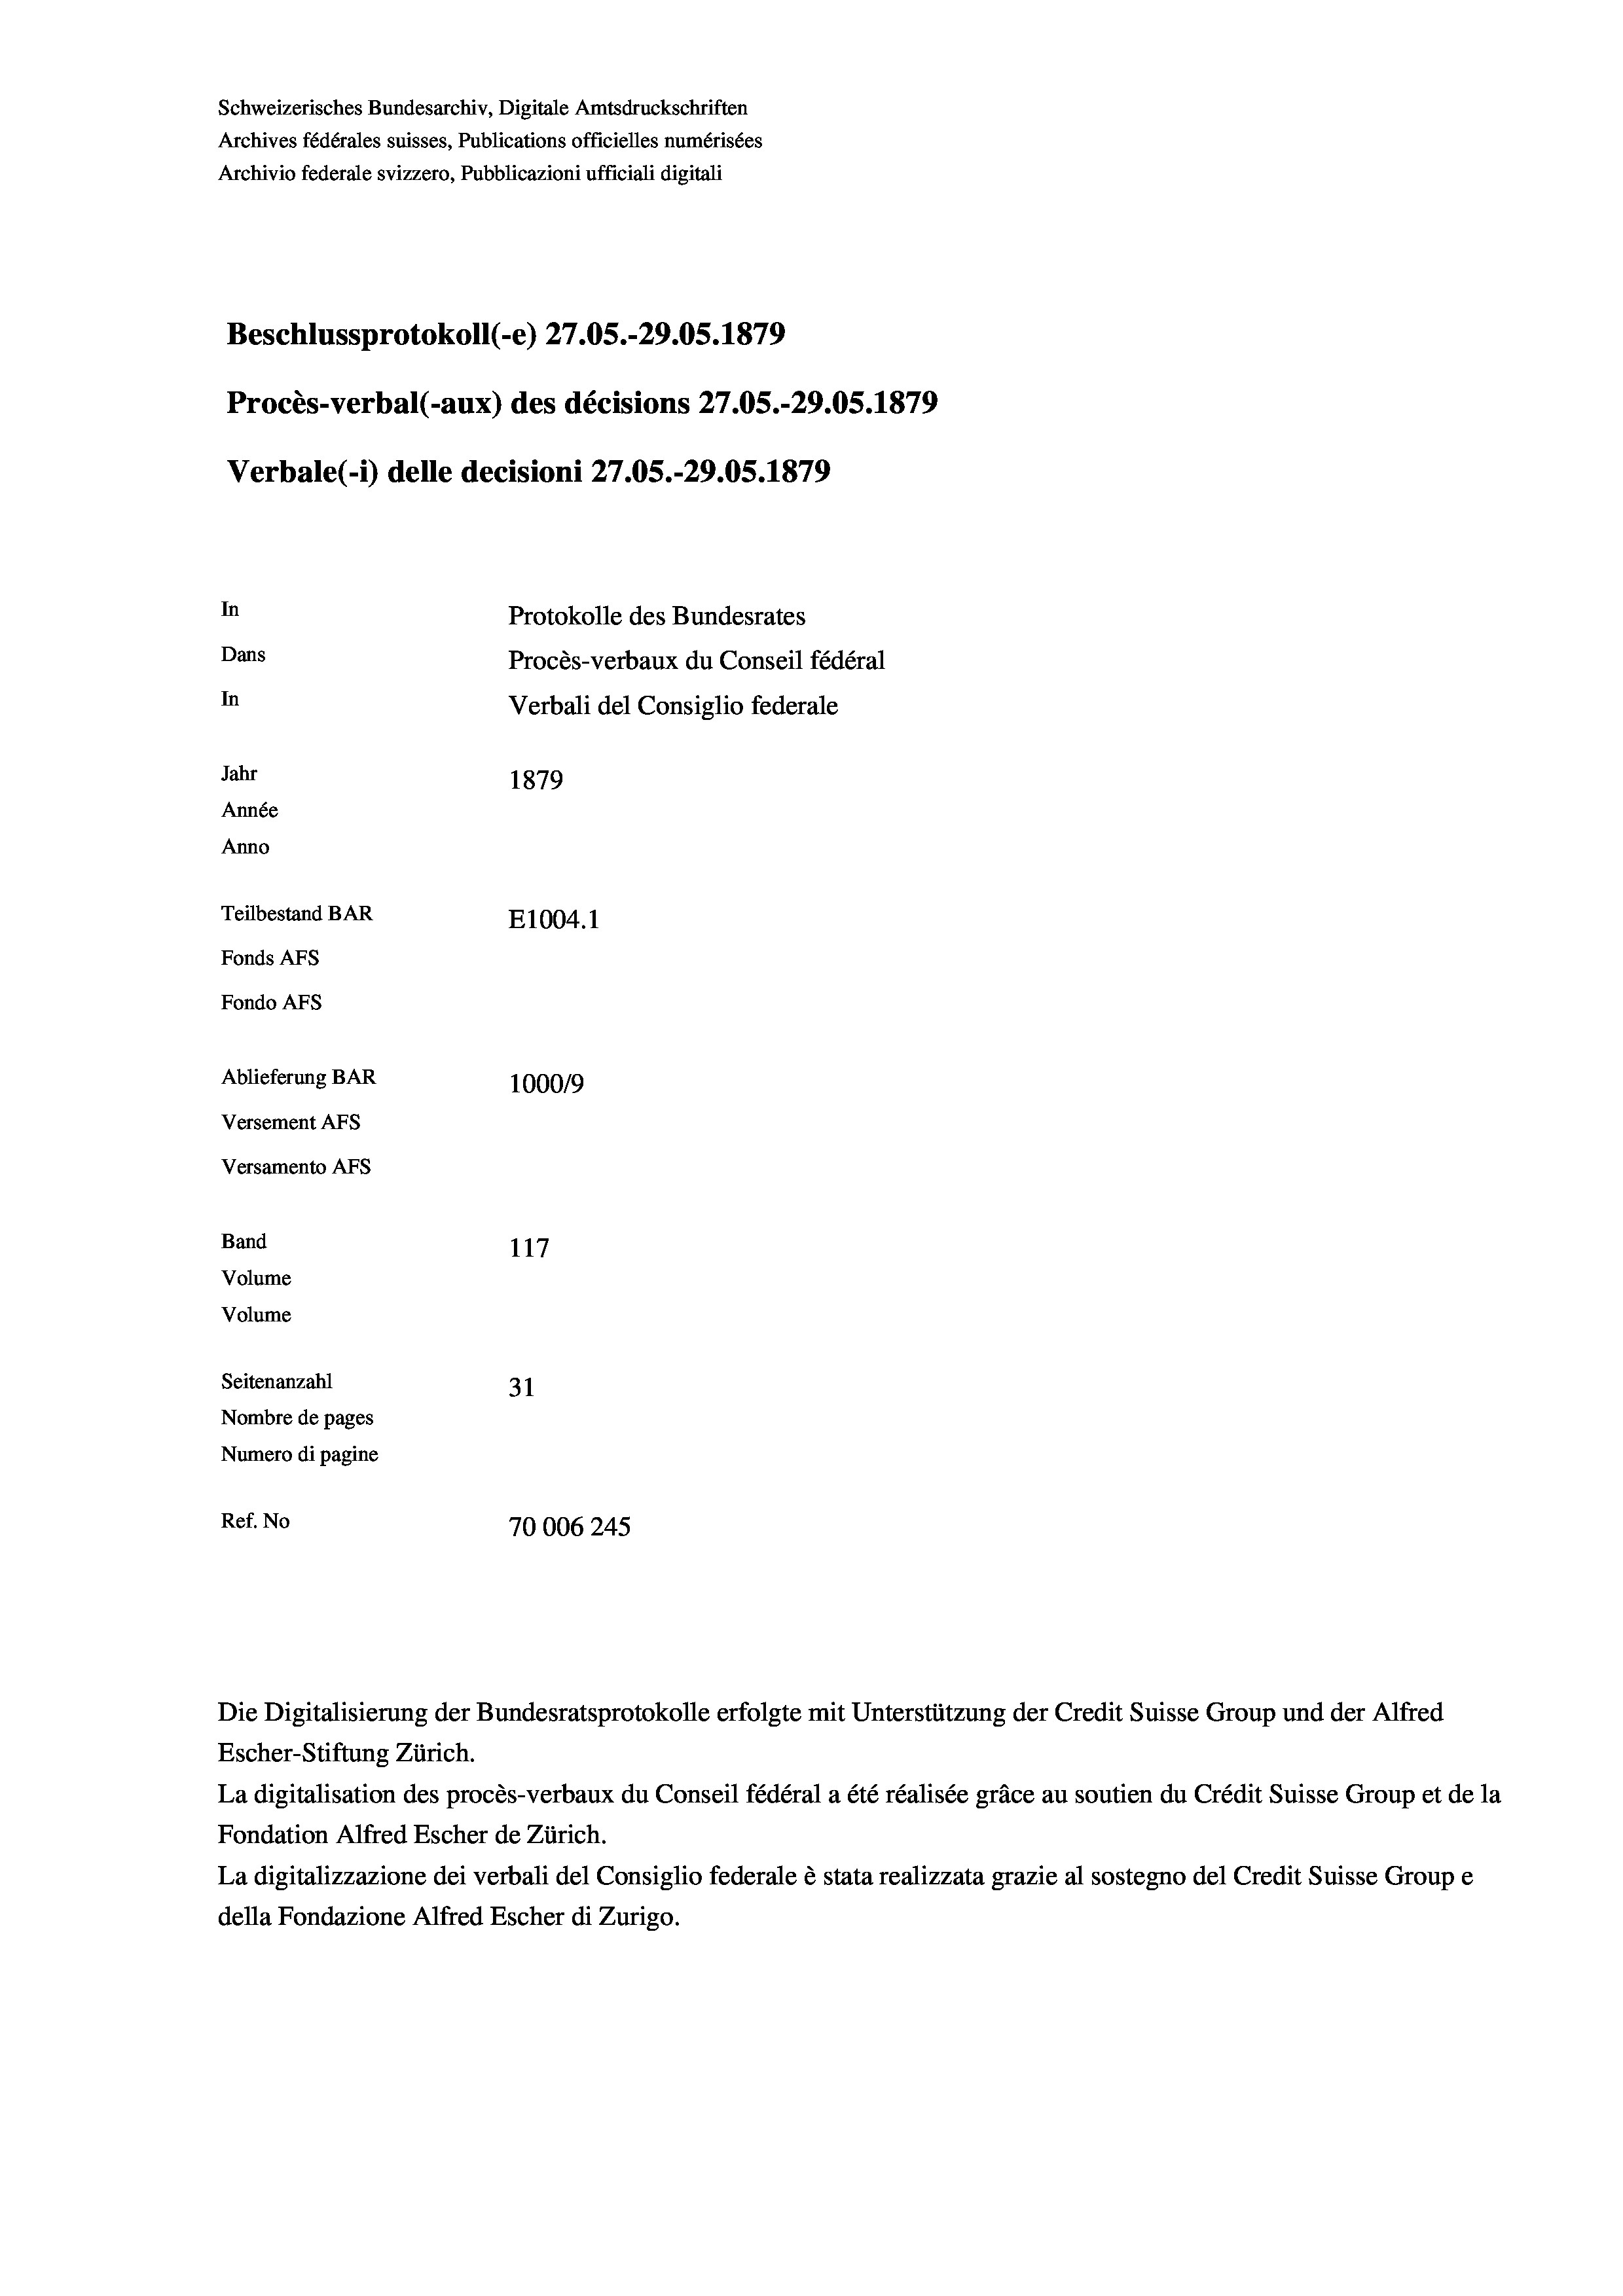
Schweizerisches Bundesarchiv, Digitale Amtsdruckschriften
Archives fédérales suisses, Publications officielles numérisées
Archivio federale svizzero, Pubblicazioni ufficiali digitali
Beschlussprotokoll (-e) 27.05.-29.05. 1879
Procès-verbal (-aux) des décisions 27.05.-29.05. 1879
Verbale (1) delle decisioni 27.05.-29.05. 1879
In
Protokolle des Bundesrates
Dans
Procès-verbaux du Conseil fédéral
In
Verbali del Consiglio federale
Jahr
1879
Année
Anno
Teilbestand BAR
E1004.1
Fonds AFs
Fondo AFS
Ablieferung BAR
100019
Versement AFs
Versamento AFs
Band
117
Volume
Volume
Seitenanzahl
31
Nombre de pages
Numero di pagine
Ref. No
70006245

Escher-Stiftung Zürich.
La digitalisation des procès-verbaux du Conseil fédéral a été réalisée gräce au soutien du Crédit Suisse Group et de la
Fondation Alfred Escher de Zürich.
La digitalizzazione dei verbali del Consiglio federale è stata realizzata grazie al sostegno del Credit Suisse Groupe
della Fondazione Alfred Escher di Zurigo.

Die Digitalisierung der Bundesratsprotokolle erfolgte mit Unterstützung der Credit Suisse Group und der Alfred